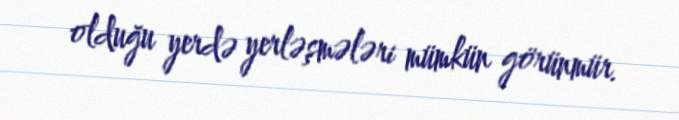
olduğu yerdə yerləşmələri mümkün görünmür.